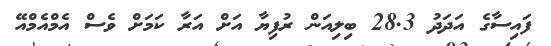
ފައިސާގެ އަދަދު 28.3 ބިލިއަން ރުފިޔާ އަށް އަރާ ކަމަށް ވެސް އެމްއެމްއޭ